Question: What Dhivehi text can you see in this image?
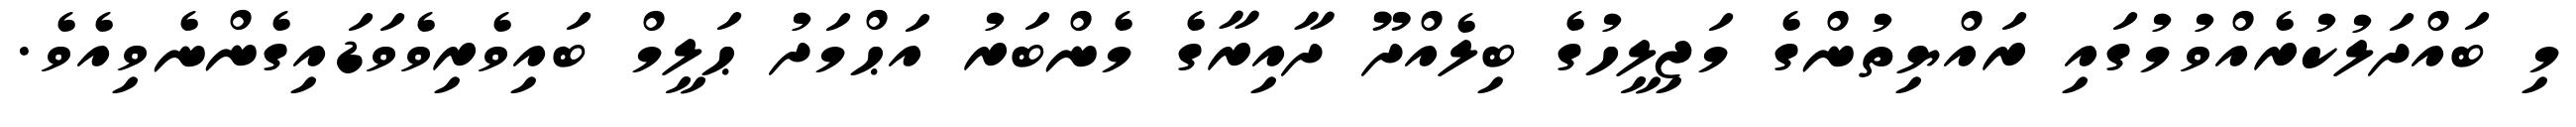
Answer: މި ބައްދަލުކުރެއްވުމުގައި ރައްޔިތުންގެ މަޖިލީހުގެ ބިލެއްދޫ ދާއިރާގެ މެންބަރު އަޙްމަދު ޙަލީމް ބައިވެރިވެވަޑައިގެންނެވިއެވެ.